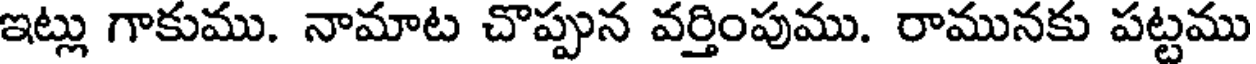
ఇట్లు గాకుము. నామాట చొప్పున వర్తింపుము. రామునకు పట్టము